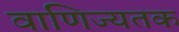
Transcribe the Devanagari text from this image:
वाणिज्यतक